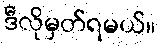
ဒီလိုမှတ်ရမယ်။